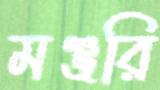
মঞ্জরি